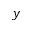
y